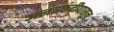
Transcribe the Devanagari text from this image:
अनंतफंदीपासून